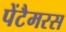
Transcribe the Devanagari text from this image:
पेंटैमरस